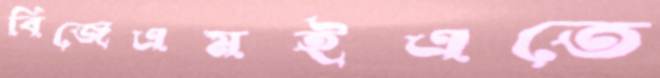
বিজেএমইএতে